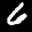
Label: 6